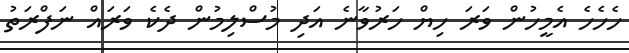
ހެހެެހެ އެމީހުން ވަރަ ހިޔް ހަރުވާނެ އަދި މުސްލިމުން ދެކެ ވަރައް ނަފްރަތު